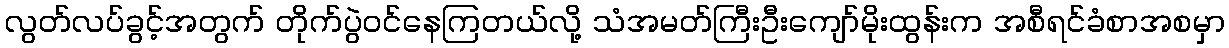
လွတ်လပ်ခွင့်အတွက် တိုက်ပွဲဝင်နေကြတယ်လို့ သံအမတ်ကြီးဦးကျော်မိုးထွန်းက အစီရင်ခံစာအစမှာ